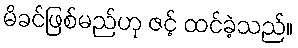
မိခင်ဖြစ်မည်ဟု ဇင့် ထင်ခဲ့သည်။